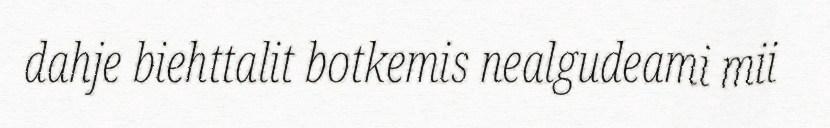
dahje biehttalit botkemis nealgudeami mii